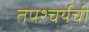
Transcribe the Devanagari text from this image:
तपश्चर्येची